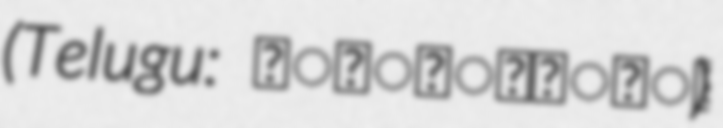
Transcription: (Telugu: చిన్నంబావి)